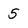
Character: 5